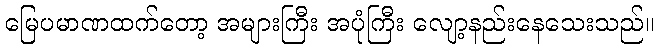
မြေပမာဏထက်တော့ အများကြီး အပုံကြီး လျော့နည်းနေသေးသည်။